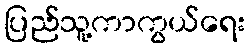
ပြည်သူ့ကာကွယ်ရေး